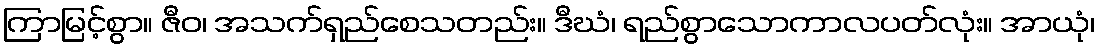
ကြာမြင့်စွာ။ ဇီဝ၊ အသက်ရှည်စေသတည်း။ ဒီဃံ၊ ရည်စွာသောကာလပတ်လုံး။ အာယုံ၊